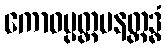
ကောဓပ္ပတ္တမနတ္ထဒ္ဓံ